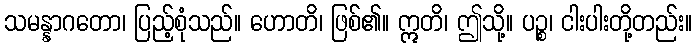
သမန္နာဂတော၊ ပြည့်စုံသည်။ ဟောတိ၊ ဖြစ်၏။ ဣတိ၊ ဤသို့။ ပဉ္စ၊ ငါးပါးတို့တည်း။